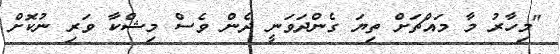
"މިހާރު މާ މައްޗަށް ތިޔަ ގެންދަވަނީ ދެން ވެސް މިޝްކާ ވަރި ނުކޮށް